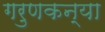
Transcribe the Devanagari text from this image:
गरुणकन्या